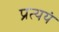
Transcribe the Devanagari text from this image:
प्रत्ययं